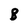
Character: B